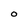
Character: O